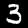
Label: 3